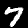
Label: 7